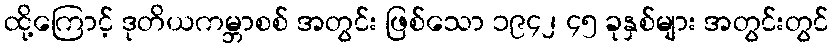
ထို့ကြောင့် ဒုတိယကမ္ဘာစစ် အတွင်း ဖြစ်သော ၁၉၄၂ ၄၅ ခုနှစ်များ အတွင်းတွင်